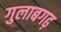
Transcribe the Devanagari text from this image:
गुलाबगढ़